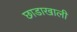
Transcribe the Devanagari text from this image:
छाडाखाली